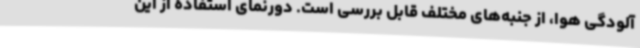
آلودگی هوا، از جنبه‌های مختلف قابل بررسی است. دورنمای استفاده از این